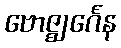
ဗောဇ္ဈင်္ဂေန